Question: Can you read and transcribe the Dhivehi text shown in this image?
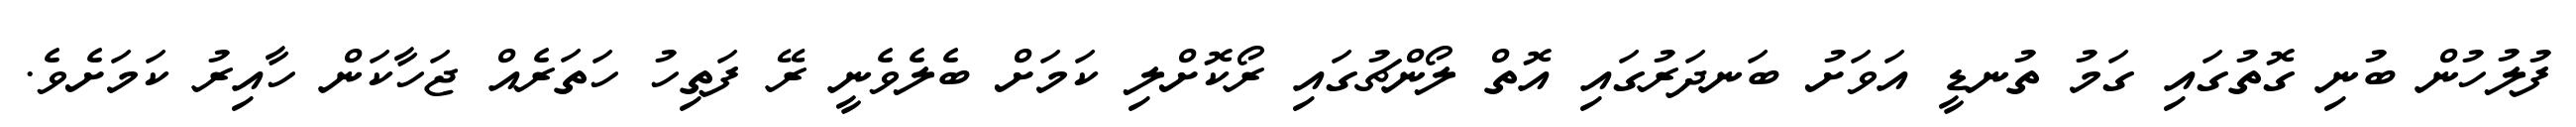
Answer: ފުލުހުން ބުނި ގޮތުގައި ގަމު ތުނޑީ އަވަށު ބަނދަރުގައި އޮތް ލޯންޗުގައި ރޯކޮށްލި ކަމަށް ބެލެވެނީ ރޭ ފަތިހު ހަތަރެއް ޖަހާކަން ހާއިރު ކަމަށެވެ.